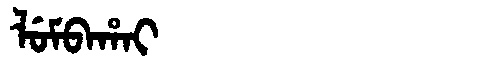
Manchu: ᠯᡠᠮᠪᠠᡥᠠᡳ
Romanization: LUMBAHAI